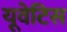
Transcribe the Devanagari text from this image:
यूवेटिस